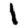
Digit: 1